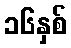
၁၆နှစ်